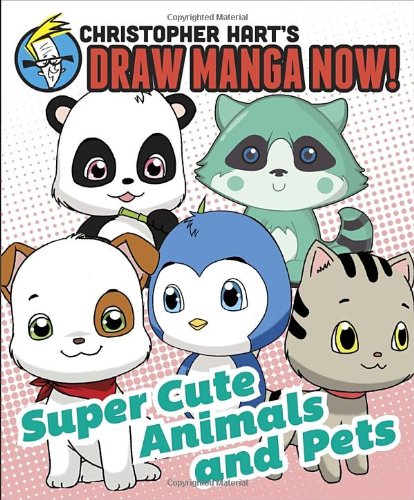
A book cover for Supercute Animals and Pets: Christopher Hart's Draw Manga Now!; Christopher Hart; Arts & Photography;